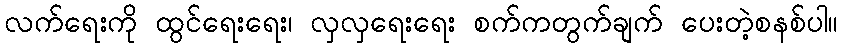
လက်ရေးကို ထွင်ရေးရေး၊ လှလှရေးရေး စက်ကတွက်ချက် ပေးတဲ့စနစ်ပါ။